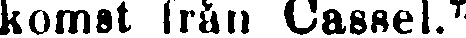
komst från Cassel.